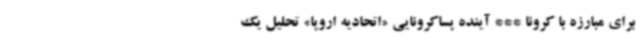
برای مبارزه با کرونا *** آینده پساکرونایی «اتحادیه اروپا» تحلیل یک